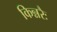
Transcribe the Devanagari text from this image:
किन्नरैः